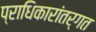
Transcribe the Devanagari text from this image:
प्राधिकारांतर्गत